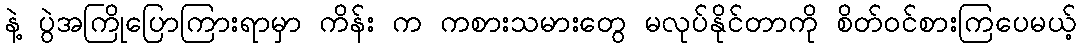
နဲ့ ပွဲအကြိုပြောကြားရာမှာ ကိန်း က ကစားသမားတွေ မလုပ်နိုင်တာကို စိတ်ဝင်စားကြပေမယ့်